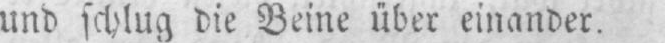
und schlug die Beine über einander.